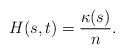
LaTeX: \begin{align*}H(s,t)=\frac{\kappa(s)}{n}.\end{align*}